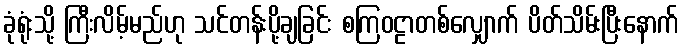
ခုံရုံးသို့ ကြီးလိမ့်မည်ဟု သင်တန်းပို့ချခြင်း စကြဝဠာတစ်လျှောက် ပိတ်သိမ်းပြီးနောက်